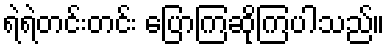
ရဲရဲတင်းတင်း ပြောကြဆိုကြပါသည်။